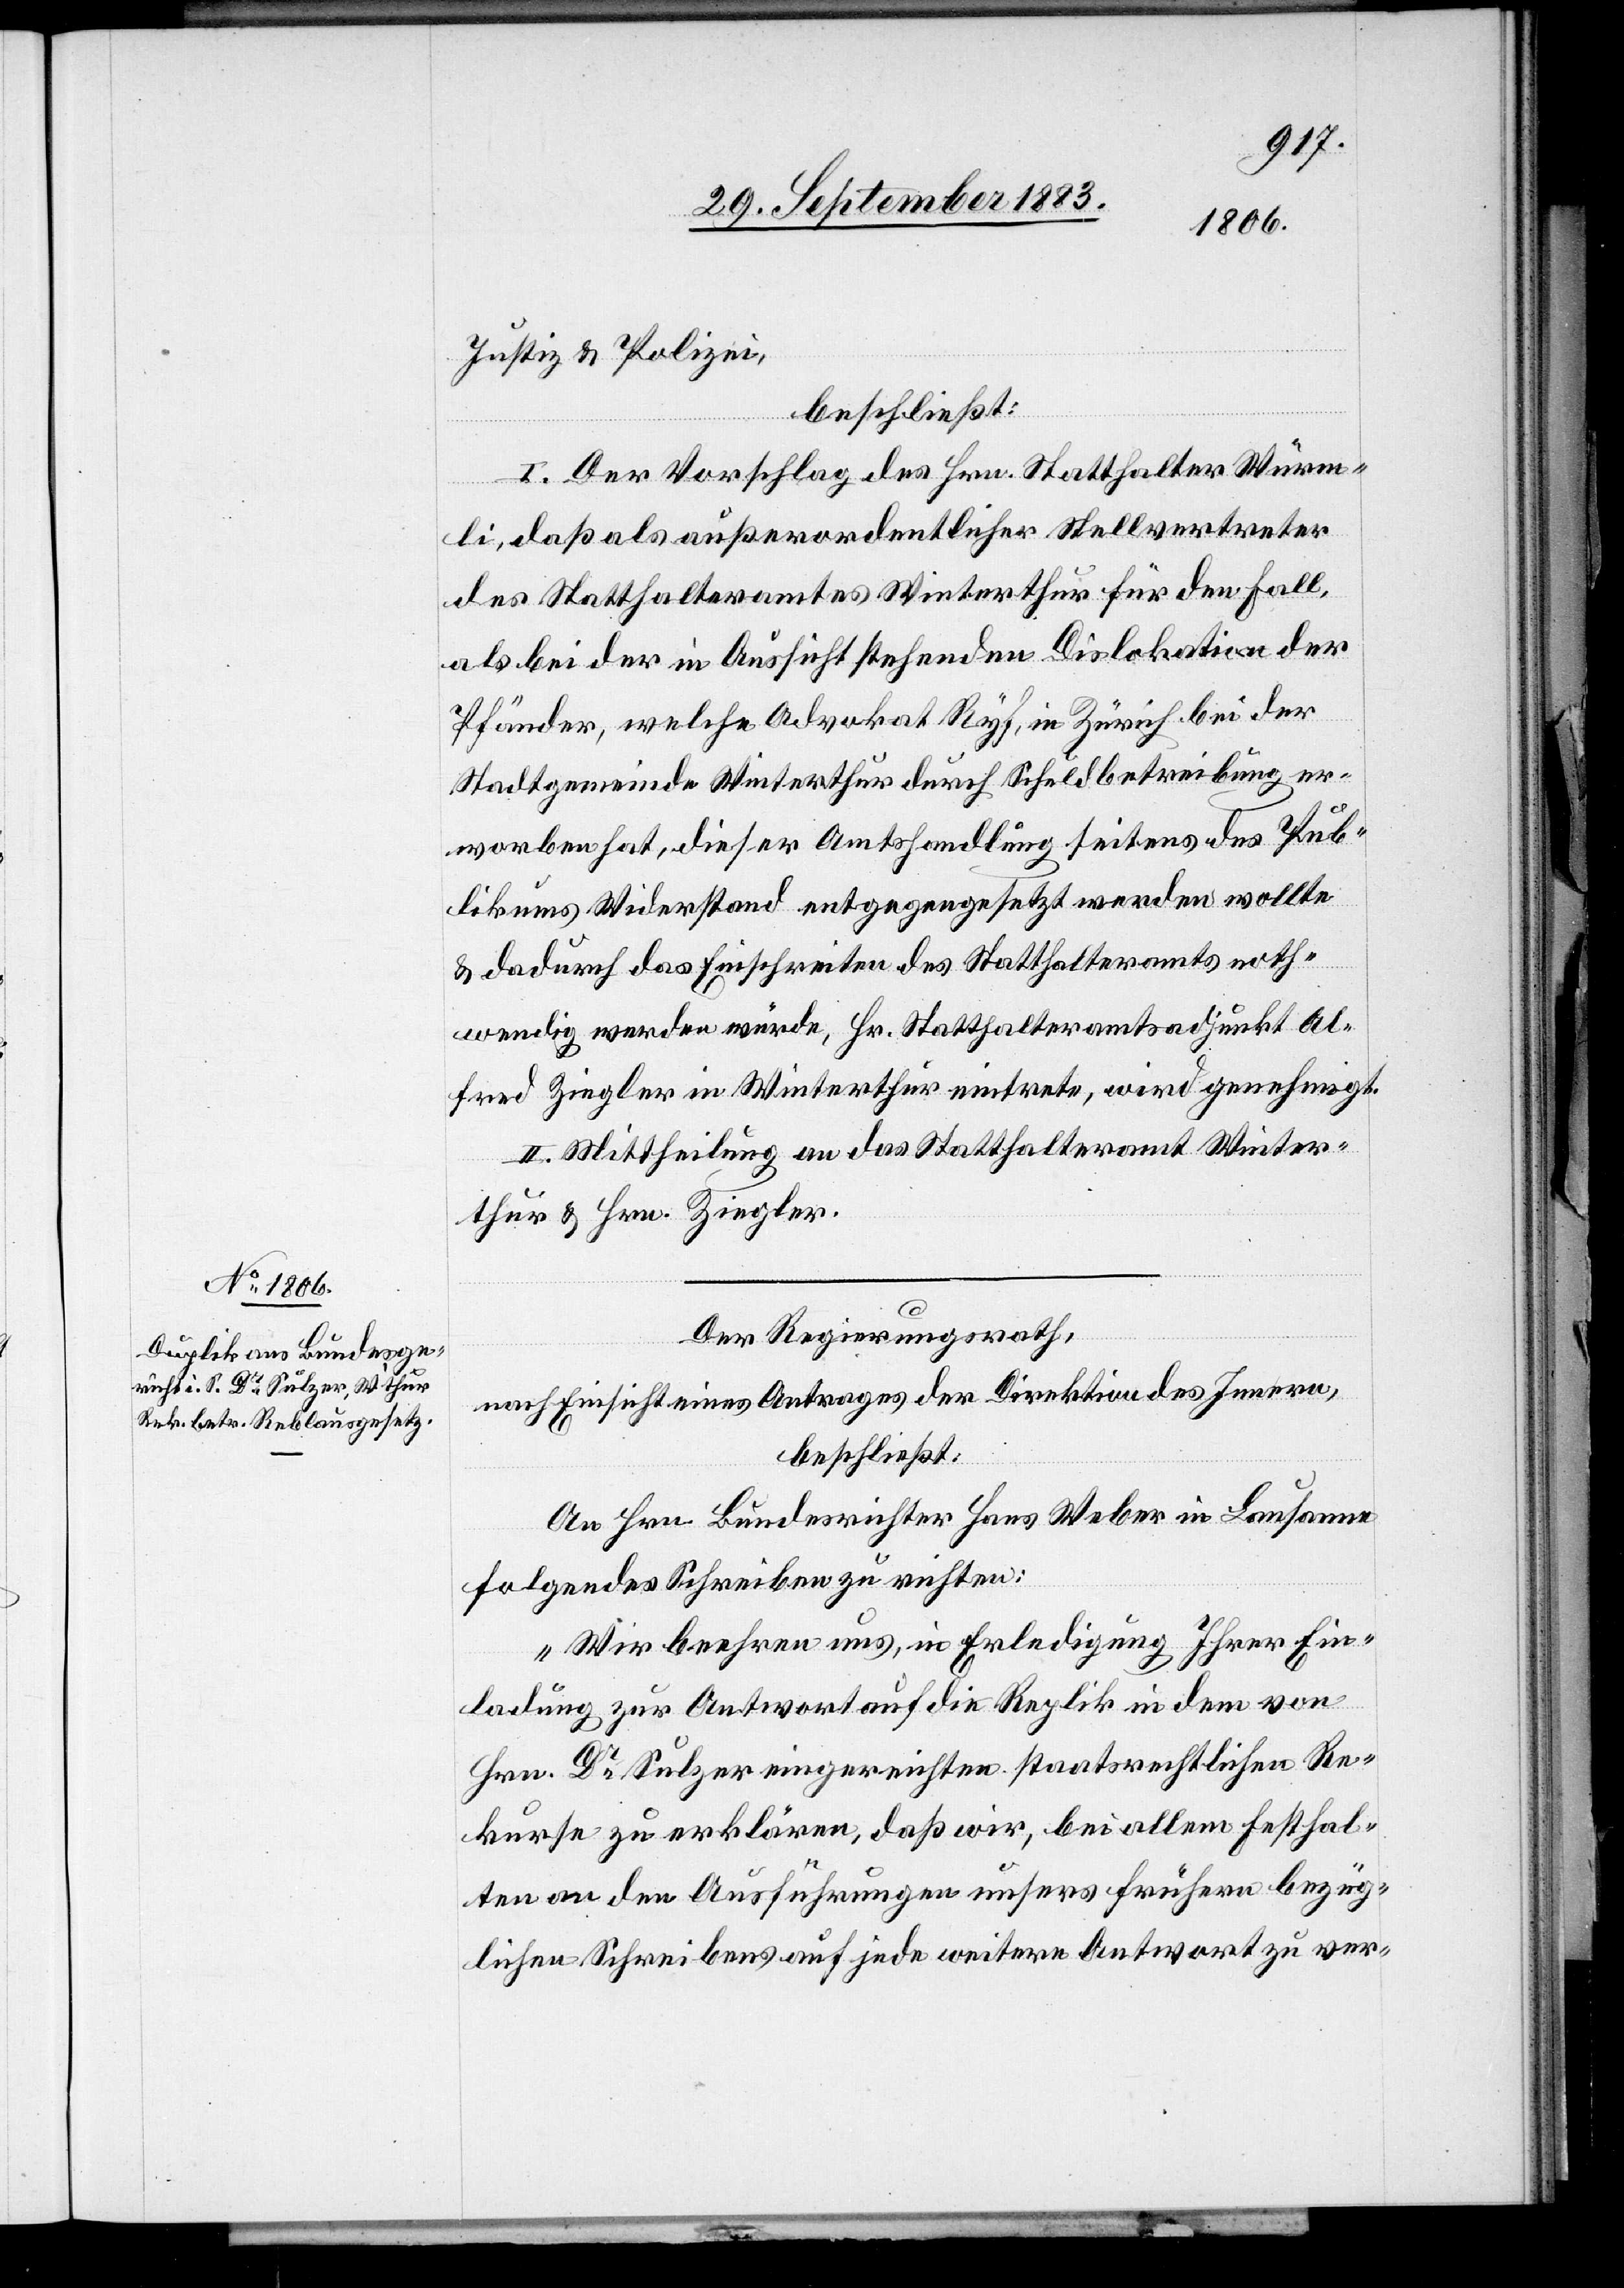
Justiz & Polizei,
ver-
beschließt:
I. Der Vorschlag des Hrn. Statthalter Würm¬
li, daß als außerordentlicher Stellvertreter
des Statthalteramtes Winterthur für den Fall
als bei der in Aussicht stehenden Dislokation der
Pfänder, welche Advokat Ryf, in Zürich bei der
Stadtgemeinde Winterthur durch Schuldbetreibung er¬
worben hat, dieser Amtshandlung seitens des Pub¬
likums Wiederstand entgegengesetzt werden wollte
& dadurch das Einschreiten des Statthalteramtes noth¬
wendig werden würde, Hr. Statthalteramtsadjunkt Al¬
fred Ziegler in Winterthur eintrete, wird genehmigt.
II. Mittheilung an das Statthalteramt Winter¬
thur & Hrn. Ziegler.
Der Regierungsrath,
nach Einsicht eines Antrages der Direktion des Innern,
beschließt:
An Hrn. Bundesrichter Hans Weber in Lausanne
folgendes Schreiben zu richten:
„Wir beehren uns, in Erledigung Ihrer Ein¬
ladung zur Antwort auf die Replik in dem von
Hrn. Dr Sulzer eingereichten staatsrechtlichen Re¬
kurse zu erklären, daß wir, bei allem Festhal¬
ten an den Ausführungen unsers frühern bezüg¬
lichen Schreibens auf jede weitere Antwort zu [s¬